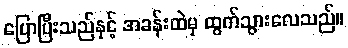
ပြောပြီးသည်နှင့် အခန်းထဲမှ ထွက်သွားလေသည်။